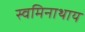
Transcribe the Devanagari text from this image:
स्वमिनाथाय